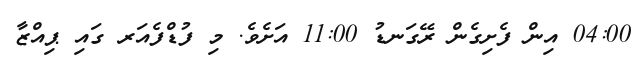
04:00 އިން ފެށިގެން ރޭގަނޑު 11:00 އަށެވެ. މި ފުޑްފެއަރ ގައި ޕިއްޒާ